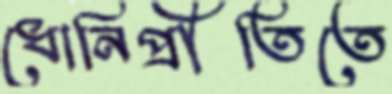
ধোনিপ্রীতিতে